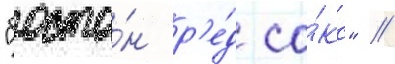
"босто́н р'е́д со́кс" //